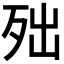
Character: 𣧪